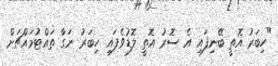
"ހިބަރު އޮތީ ބޭނިފައި އެ ސޮރު އޮތީ ލޮޑުވެފައި. ހިބަރު ނަގާ ތައްޓުމައްޗަށް